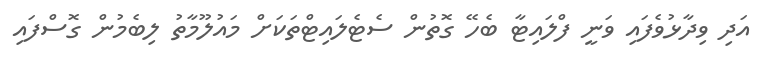
އަދި ވިދާޅުވެފައި ވަނީ ފްލައިޓާ ބެހޭ ގޮތުން ސެޓެލައިޓްތަކަށް މައުލޫމާތު ލިބެމުން ގޮސްފައި